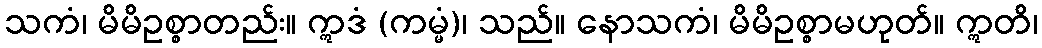
သကံ၊ မိမိဥစ္စာတည်း။ ဣဒံ (ကမ္မံ)၊ သည်။ နောသကံ၊ မိမိဥစ္စာမဟုတ်။ ဣတိ၊